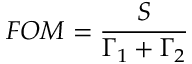
F O M = \frac { S } { \Gamma _ { 1 } + \Gamma _ { 2 } }